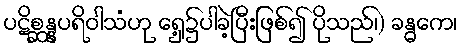
ပဋိစ္ဆန္နပရိဝါသံဟု ရှေ့၌ပါခဲ့ပြီးဖြစ်၍ ပိုသည်၊) ခန္ဓကေ၊